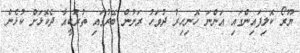
ޔޫރޯ ކޮލިފައިންގައި އަންނަ ހޮނިހިރު ދުވަހު ރަށުން ބޭރުގައި ތުރުކީއާ ދެކޮޅަށް ކުޅެން